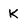
Character: K